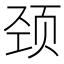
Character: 颈